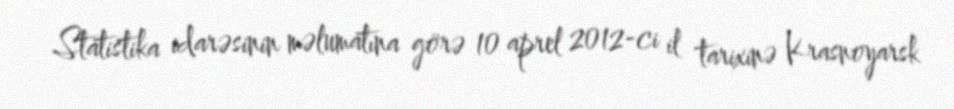
Statistika idarəsinin məlumatına görə 10 aprel 2012-ci il tarixinə Krasnoyarsk